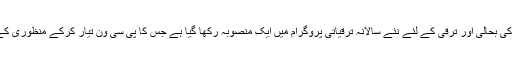
اجلاس کو بتایا گیا کہ اس پرانے اور تاریخی سیاحتی مقام کی بحالی اور ترقی کے لئے نئے سالانہ ترقیاتی پروگرام میں ایک منصوبہ رکھا گیا ہے جس کا پی سی ون تیار کرکے منظوری کے لئے صوبائی ترقیاتی ورکنگ پارٹی کو بھیج دیا گیا ہے۔